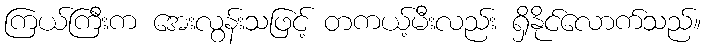
ကြယ်ကြီးက အေးလွန်းသဖြင့် တကယ့်မီးလည်း ရှိနိုင်လောက်သည်။